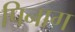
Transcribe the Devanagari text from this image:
पिनाग